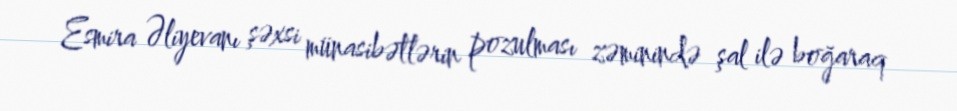
Esmira Əliyevanı şəxsi münasibətlərin pozulması zəminində şal ilə boğaraq